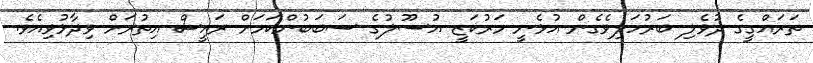
ތަރައްގީގެ ދުވެލި ބަރުހަލިވެގެން އުޅެނީ މަރުކަޒީ އުސޫލުގެ ސަބަބުންކަމަށް ރައީސް އިތުރަށް ވިދާޅުވިއެވެ.